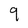
Character: 9